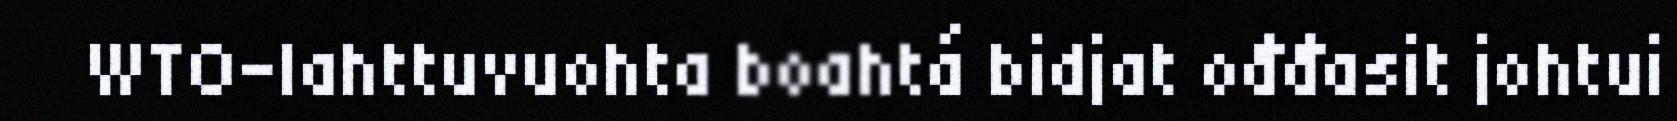
WTO-lahttuvuohta boahtá bidjat ođđasit johtui